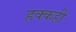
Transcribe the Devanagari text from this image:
हक्कही